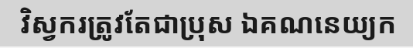
វិស្វករត្រូវតែជាប្រុស ឯគណនេយ្យក